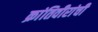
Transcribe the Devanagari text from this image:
क्रांतिवीरांची